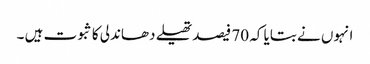
انہوں نے بتایا کہ 70 فیصد تھیلے دھاندلی کا ثبوت ہیں ۔